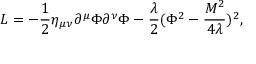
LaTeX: L = - \frac { 1 } { 2 } \eta _ { \mu \nu } \partial ^ { \mu } \Phi \partial ^ { \nu } \Phi - \frac { \lambda } { 2 } ( \Phi ^ { 2 } - \frac { M ^ { 2 } } { 4 \lambda } ) ^ { 2 } ,